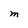
Character: M